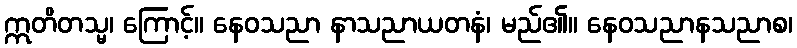
ဣတိတသ္မ၊ ကြောင့်။ နေဝသညာ နာသညာယတနံ၊ မည်၏။ နေဝသညာနသညာစ၊